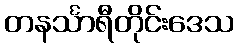
တနင်္သာရီတိုင်းဒေသ